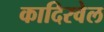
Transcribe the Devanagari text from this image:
कादिरवेल